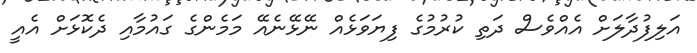
އަލިފުދާލަށް އެއްވެސް ދަތި ކުރުމުގެ ފިޔަވަޅެއް ނޭޅޭނެއޭ މަމެންގެ ގައުމާއި ދެކޮޅަށް އެއީ